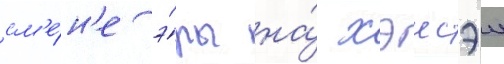
см'е́н'е э́ры на́ хэисэи